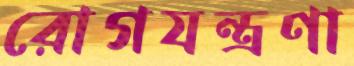
রোগযন্ত্রণা